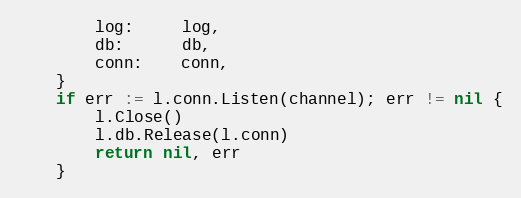
Language: Go
		log:     log,
		db:      db,
		conn:    conn,
	}
	if err := l.conn.Listen(channel); err != nil {
		l.Close()
		l.db.Release(l.conn)
		return nil, err
	}